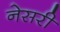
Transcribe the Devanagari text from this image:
नेसरी